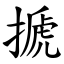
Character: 搋